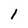
Character: 1